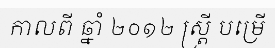
កាលពី ឆ្នាំ ២០១២ ស្ត្រី បម្រើ